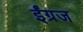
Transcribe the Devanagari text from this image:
ईंग्रज